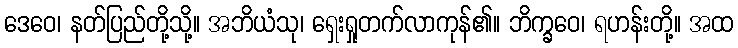
ဒေဝေ၊ နတ်ပြည်တို့သို့။ အဘိယံသု၊ ရှေးရှုတက်လာကုန်၏။ ဘိက္ခဝေ၊ ရဟန်းတို့။ အထ